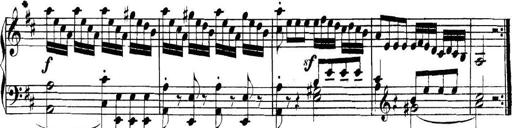
Title: Collected Piano Sonatas
Composer: Muzio Clementi